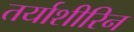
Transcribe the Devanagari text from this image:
तर्याशीरिन